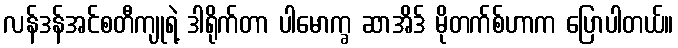
လန်ဒန်အင်စတီကျုရဲ့ ဒါရိုက်တာ ပါမောက္ခ ဆာအိဒ် မိုတက်စ်ဟာက ပြောပါတယ်။